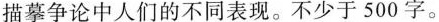
描摹争论中人们的不同表现。不少于500字。